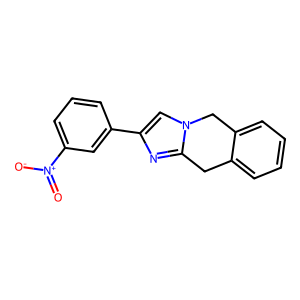
SMILES: O=[N+]([O-])c1cccc(-c2cn3c(n2)Cc2ccccc2C3)c1
Inhibits HIV replication: No